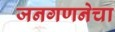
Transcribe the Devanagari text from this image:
जनगणनेचा